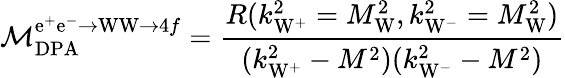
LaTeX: {\cal M}_{\mathrm{DPA}}^{{\mathrm{e^{+}e^{-}\to WW}}\to 4f}=\frac{R(k_{\mathrm{W}^{+}}^{2}=M_{\mathrm W}^{2},k_{\mathrm{W}^{-}}^{2}=M_{\mathrm W}^{2})}{(k_{\mathrm{W}^{+}}^{2}-M^{2})(k_{\mathrm{W}^{-}}^{2}-M^{2})}